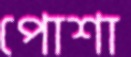
পোশা